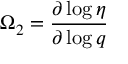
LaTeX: \Omega _ { 2 } = \frac { \partial \log \eta } { \partial \log q }